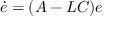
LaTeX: { \dot { e } } = ( A - L C ) e